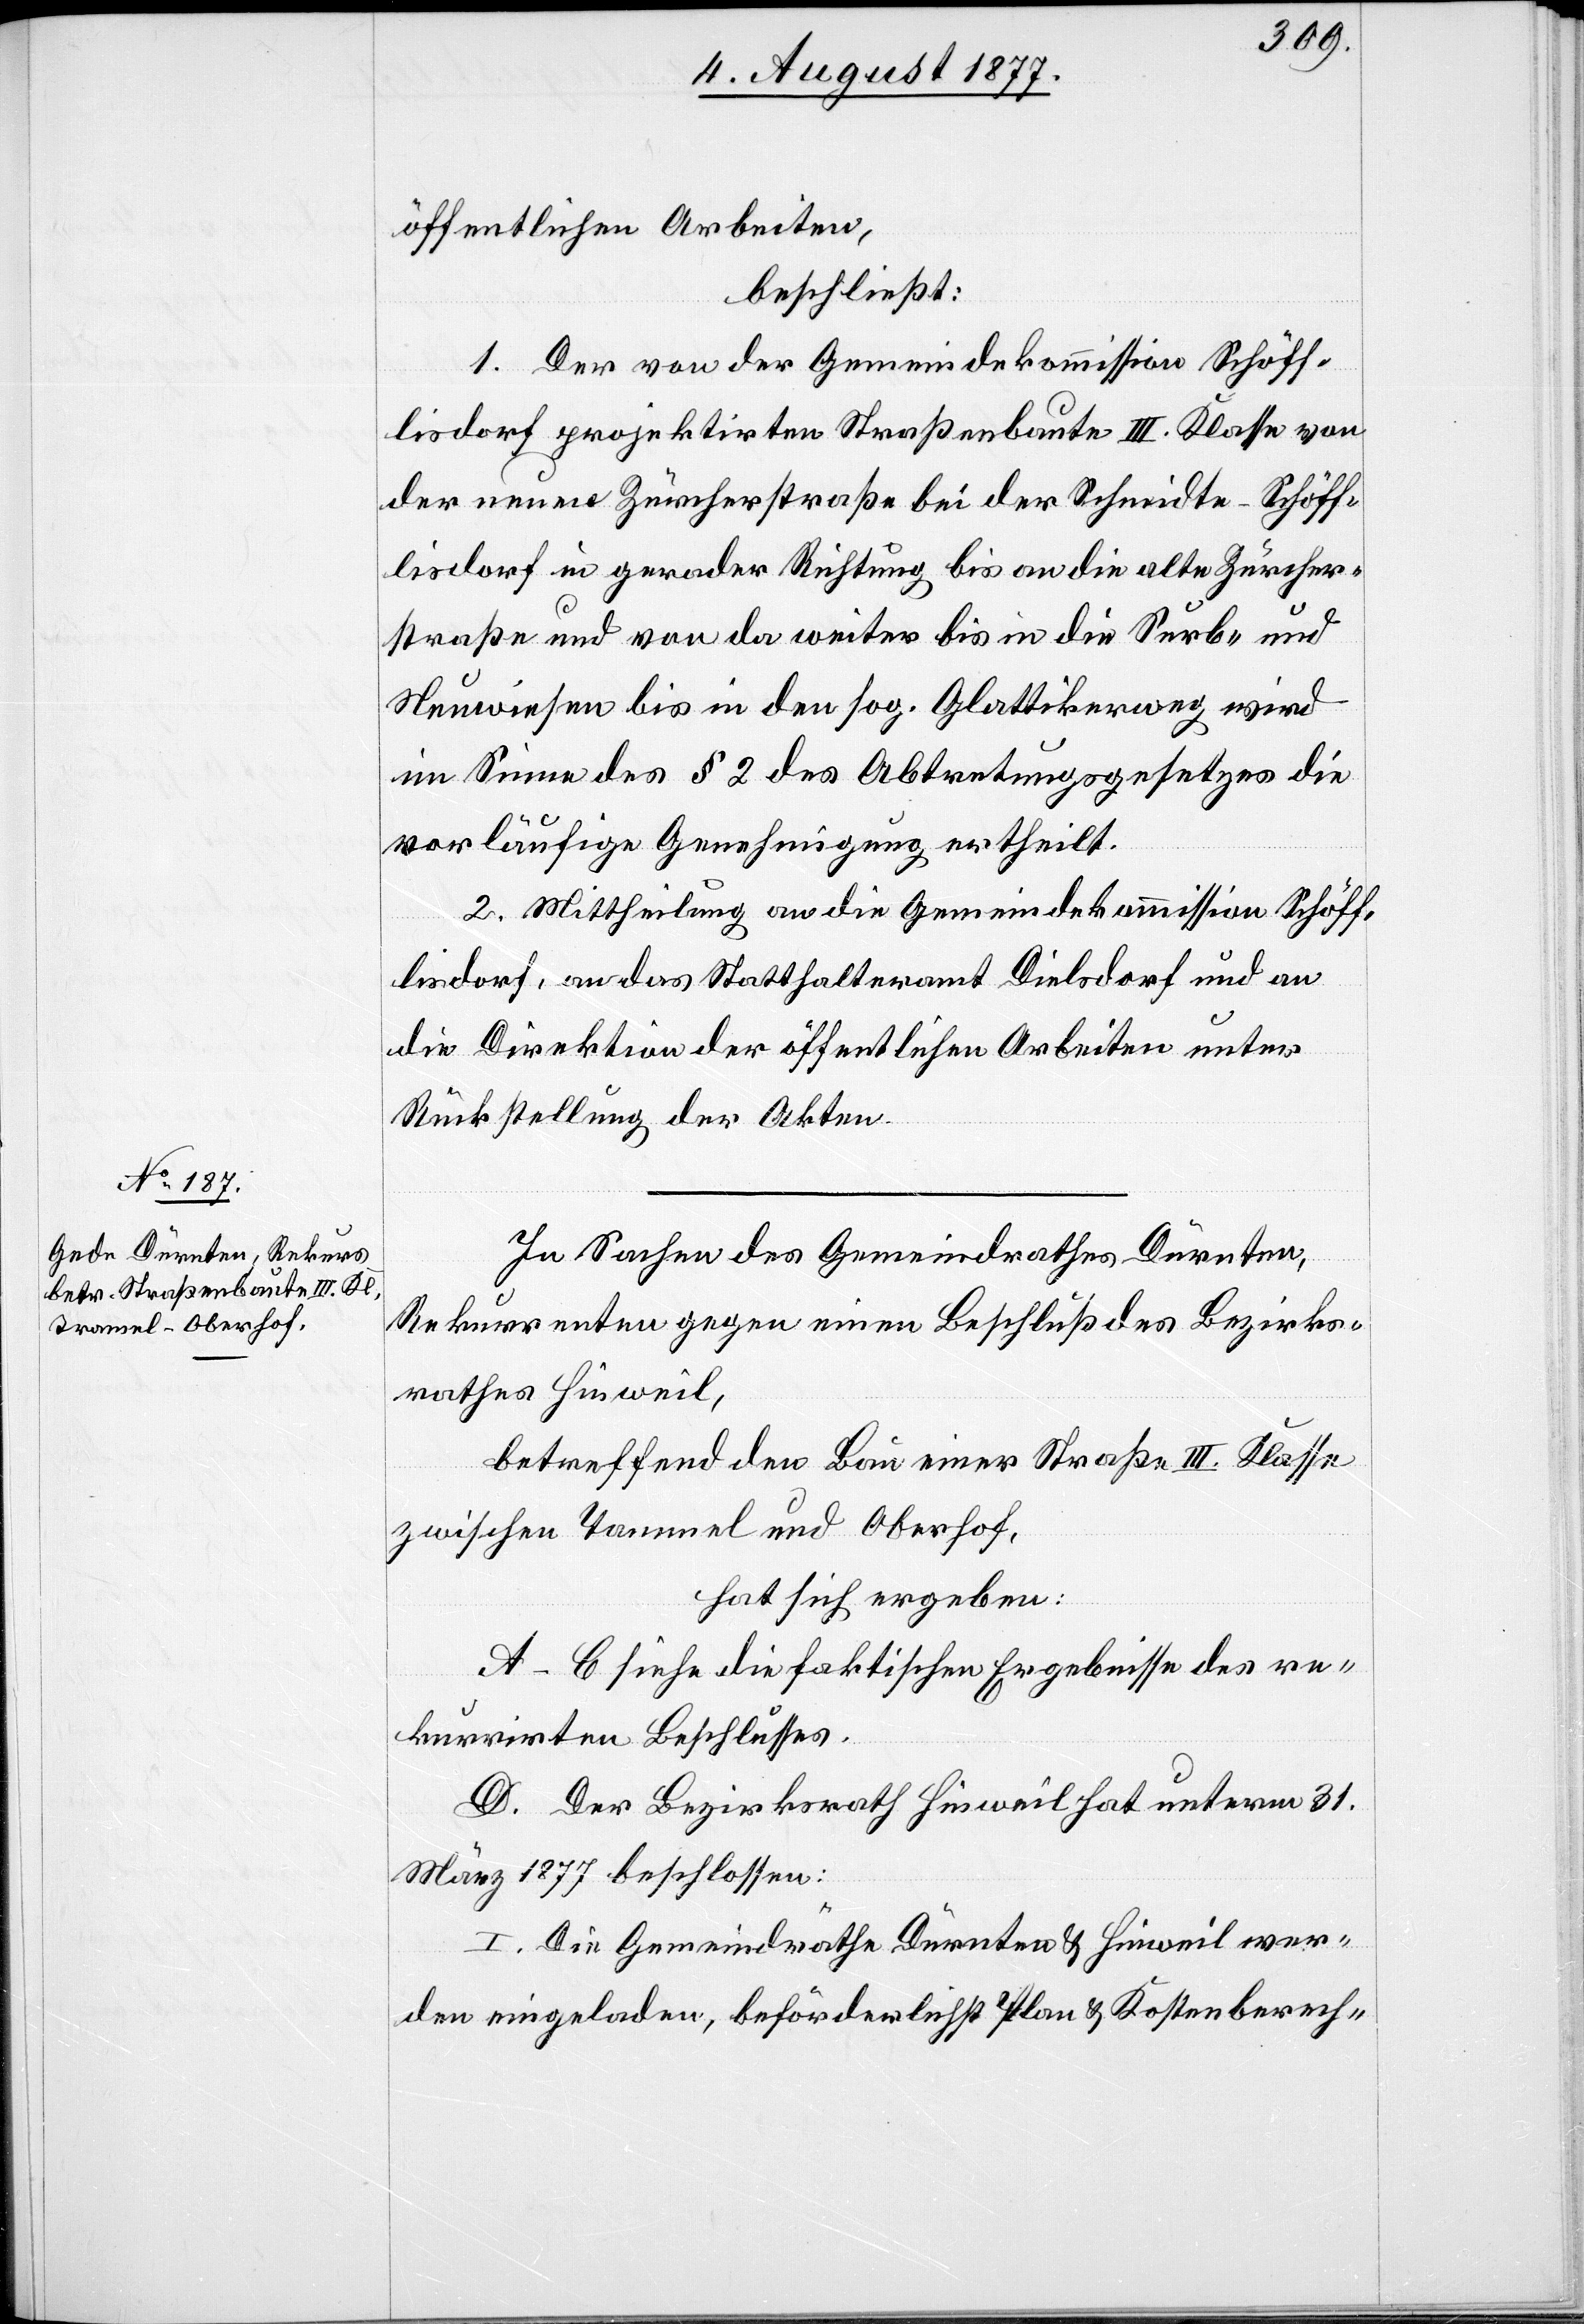
öffentlichen Arbeiten,
beschließt:
1. Der von der Gemeindekommission Schöff¬
lisdorf projektirten Straßenbaute III. Klasse von
der neuen Zürcherstraße bei der Schmidte - Schöff¬
lisdorf in gerader Richtung bis an die alte Zürcher¬
straße und von da weiter bis in die Surb- und
Neuwiesen bis in den sog. Glattikerweg wird
im Sinne des § 2 des Abtretungsgesetzes die
vorläufige Genehmigung ertheilt.
2. Mittheilung an die Gemeindekommission Schöff¬
lisdorf, an das Statthalteramt Dielsdorf und an
die Direktion der öffentlichen Arbeiten unter
Rückstellung der Akten.
In Sachen des Gemeindrathes Dürnten,
Rekurrenten gegen einen Beschluß des Bezirks¬
rathes Hinweil,
betreffend den Bau einer Straße III. Klasse
zwischen Tammel und Oberhof,
hat sich ergeben:
A–C siehe die faktischen Ergebnisse des re¬
kurrirten Beschlusses.
D. Der Bezirksrath Hinweil hat unterm 31.
März 1877 beschlossen:
I. Die Gemeindräthe Dürnten & Hinweil wer¬
den eingeladen, beförderlichst Plan & Kostenberech-